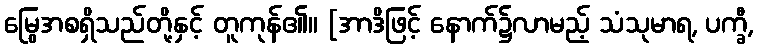
မြွေအစရှိသည်တို့နှင့် တူကုန်၏။ [အာဒိဖြင့် နောက်၌လာမည့် သံသုမာရ, ပက္ခီ,